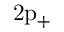
\mathrm { 2 \mathrm { p } _ { + } }